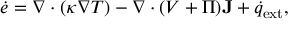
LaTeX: { \dot { e } } = \nabla \cdot ( \kappa \nabla T ) - \nabla \cdot ( V + \Pi ) \mathbf { J } + { \dot { q } } _ { \mathrm { e x t } } ,